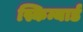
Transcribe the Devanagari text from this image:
स्किन्यार्ड